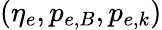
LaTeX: (\eta_{e},p_{e,B},p_{e,k})